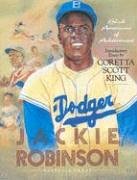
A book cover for Jackie Robinson (Black Americans of Achievement); Richard Scott; Teen & Young Adult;